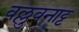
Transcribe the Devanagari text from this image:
वल्लुवनाट्ट